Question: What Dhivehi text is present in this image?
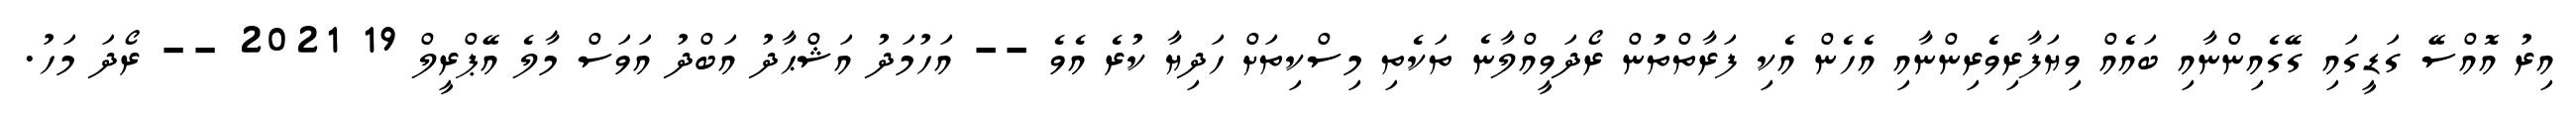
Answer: އިރު އޮއްސޭ ގަޑީގައި ގޭގެއިންނާއި ބައެއް ވިޔަފާރިވެރިންނާއި އެހެން އެކި ފަރާތްތަުން ރޯދަވީއްލާނެ ތަކެތި މިސްކިތަށް ހަދިޔާ ކުރެ އެވެ -- އަހުމަދު އަޝްޙާދު އަބްދު އަވަސް މާލެ އޭޕްރީލް 19 2021 -- ރޯދަ މަހު.